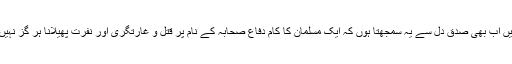
میں اب بھی صدق دل سے یہ سمجھتا ہوں کہ ایک مسلمان کا کام دفاع صحابہ کے نام پر قتل و غارتگری اور نفرت پھیلانا ہر گز نہیں ۔